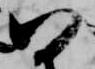
以